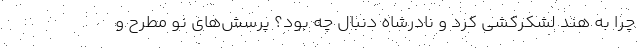
چرا به هند لشکرکشی کرد و نادرشاه دنبال چه بود؟ پرسش‌های نو مطرح و